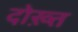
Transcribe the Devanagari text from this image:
दोख़्त